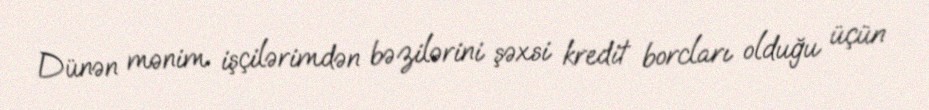
Dünən mənim işçilərimdən bəzilərini şəxsi kredit borcları olduğu üçün